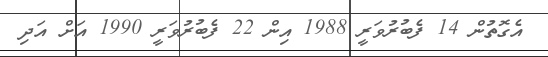
އެގޮތުން 14 ފެބުރުވަރީ 1988 އިން 22 ފެބުރުވަރީ 1990 އަށް އަދި